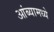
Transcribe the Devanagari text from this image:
आंब्यामध्ये